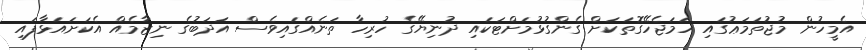
އެމީހުން މުޖުތަމަޢުގައި ހަމަޖެހޭގޮތަކަށް ގެންގުޅުމަށްޓަކައި ދުނިޔޭގެ ހުރިހާ ތަނެއްގައިވެސް އަދަބުގެ ނިޒާމެއް އެކަށައަޅާފައި